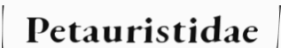
Petauristidae